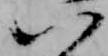
以